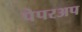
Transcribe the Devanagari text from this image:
पेपरअप